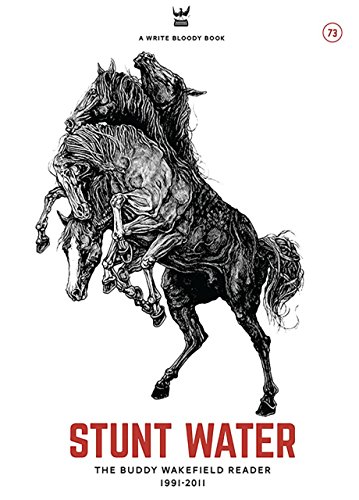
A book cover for Stunt Water: The Buddy Wakefield Reader, 1991-2011; Buddy Wakefield; Gay & Lesbian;